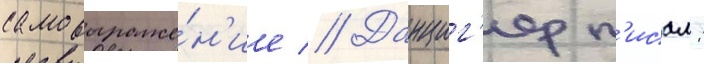
самовыраже́н'ие // Данциг'ер п'исал: